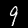
Label: 9